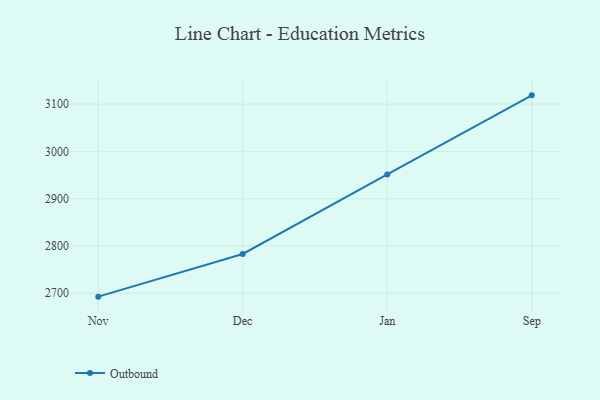
{"axis": {"x": "Month", "y": "Bounce Rate (%)"}, "legend": ["Outbound"], "data": [{"x": "Nov", "y": 2692.8, "type": "Outbound"}, {"x": "Dec", "y": 2783.0, "type": "Outbound"}, {"x": "Jan", "y": 2951.3, "type": "Outbound"}, {"x": "Sep", "y": 3118.4, "type": "Outbound"}]}